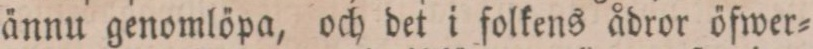
ännu genomlöpa, och det i folkens ådror öfwer=